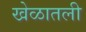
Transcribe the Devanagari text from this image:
खेळातली